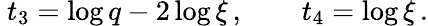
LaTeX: \ t_{3}=\log q-2\log\xi\, ,\qquad t_{4}=\log\xi\, .